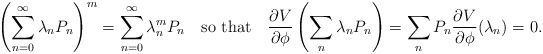
\begin{align*}\left(\sum_{n=0}^{\infty}\lambda_nP_n\right)^m=\sum_{n=0}^{\infty}\lambda_n^mP_n \quad \mbox{so that} \quad \frac{\partial V}{\partial\phi}\left(\sum_n\lambda_nP_n\right)=\sum_nP_n\frac{\partial V}{\partial\phi}(\lambda_n)=0.\end{align*}